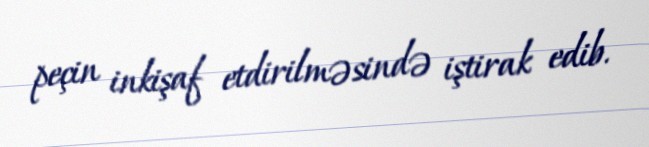
peçin inkişaf etdirilməsində iştirak edib.